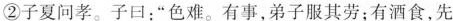
②子夏问孝。子曰：”色难。有事，弟子服其劳；有酒食，先